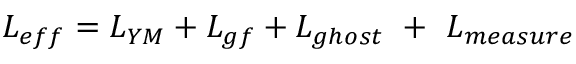
L _ { e f f } = L _ { Y M } + L _ { g f } + L _ { g h o s t } \ + \ L _ { m e a s u r e }